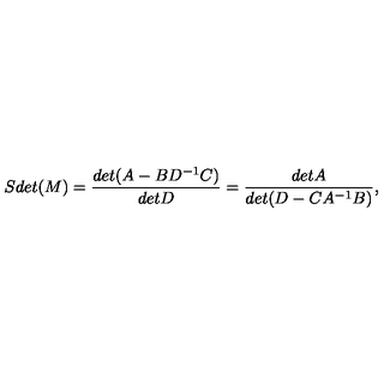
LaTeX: S d e t ( M ) = { \frac { d e t ( A - B D ^ { - 1 } C ) } { d e t D } } = { \frac { d e t A } { d e t ( D - C A ^ { - 1 } B ) } } ,